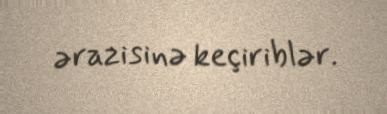
ərazisinə keçiriblər.